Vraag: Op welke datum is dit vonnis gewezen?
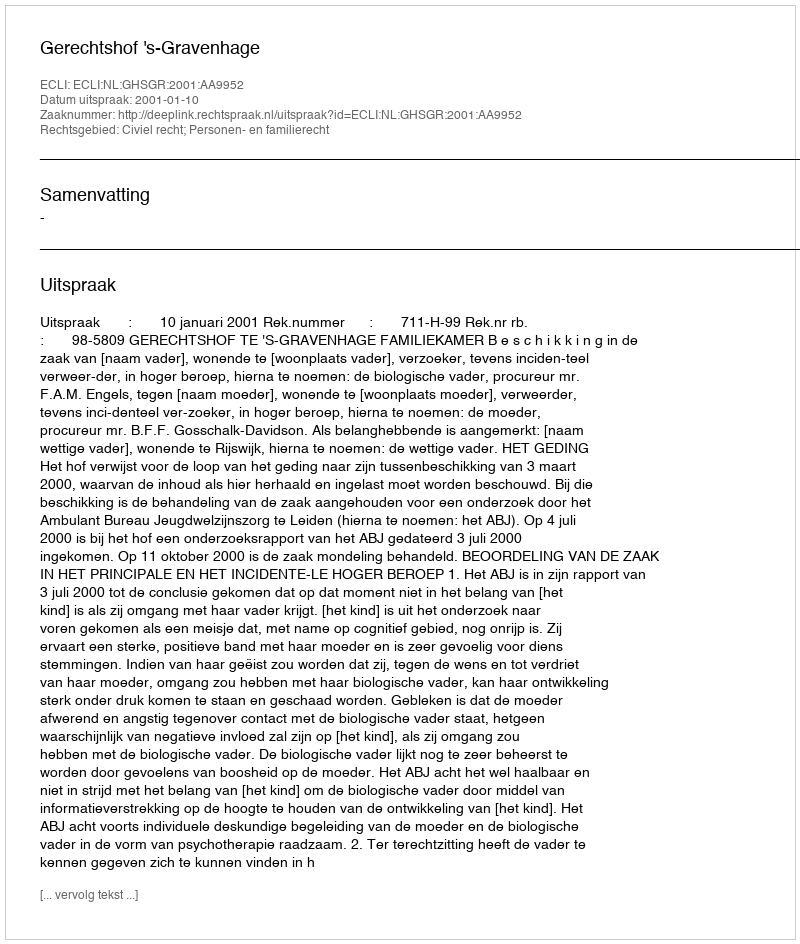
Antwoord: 2001-01-10